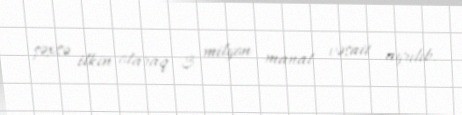
şəxsə ilkin olaraq 3 milyon manat vəsait ayrılıb.